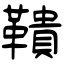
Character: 鞼